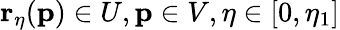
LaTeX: \mathbf{r}_{\eta}(\mathbf{p})\in U,\mathbf{p}\in V,\eta\in[0,\eta_{1}]